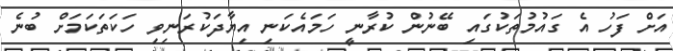
އަށް ފަހު އެ ގައުމުތަކުގައި ބޭނުން ކުރާނީ ހަމައެކަނި އިޔާދަކުރަނިވި ހަކަތަކަމަށް ބުނެ